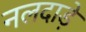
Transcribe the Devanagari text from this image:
नलदाड़े